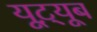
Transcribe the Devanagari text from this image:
यूट़्यूब